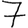
Digit: 7